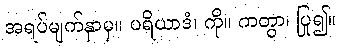
အရပ်မျက်နှာမှ။ ပရိယာဒံ၊ ကို။ ကတွာ၊ ပြု၍။